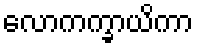
လောကက္ခာယိကာ